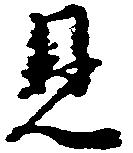
見